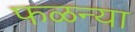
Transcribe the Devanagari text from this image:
फळन्या